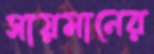
সায়মানের